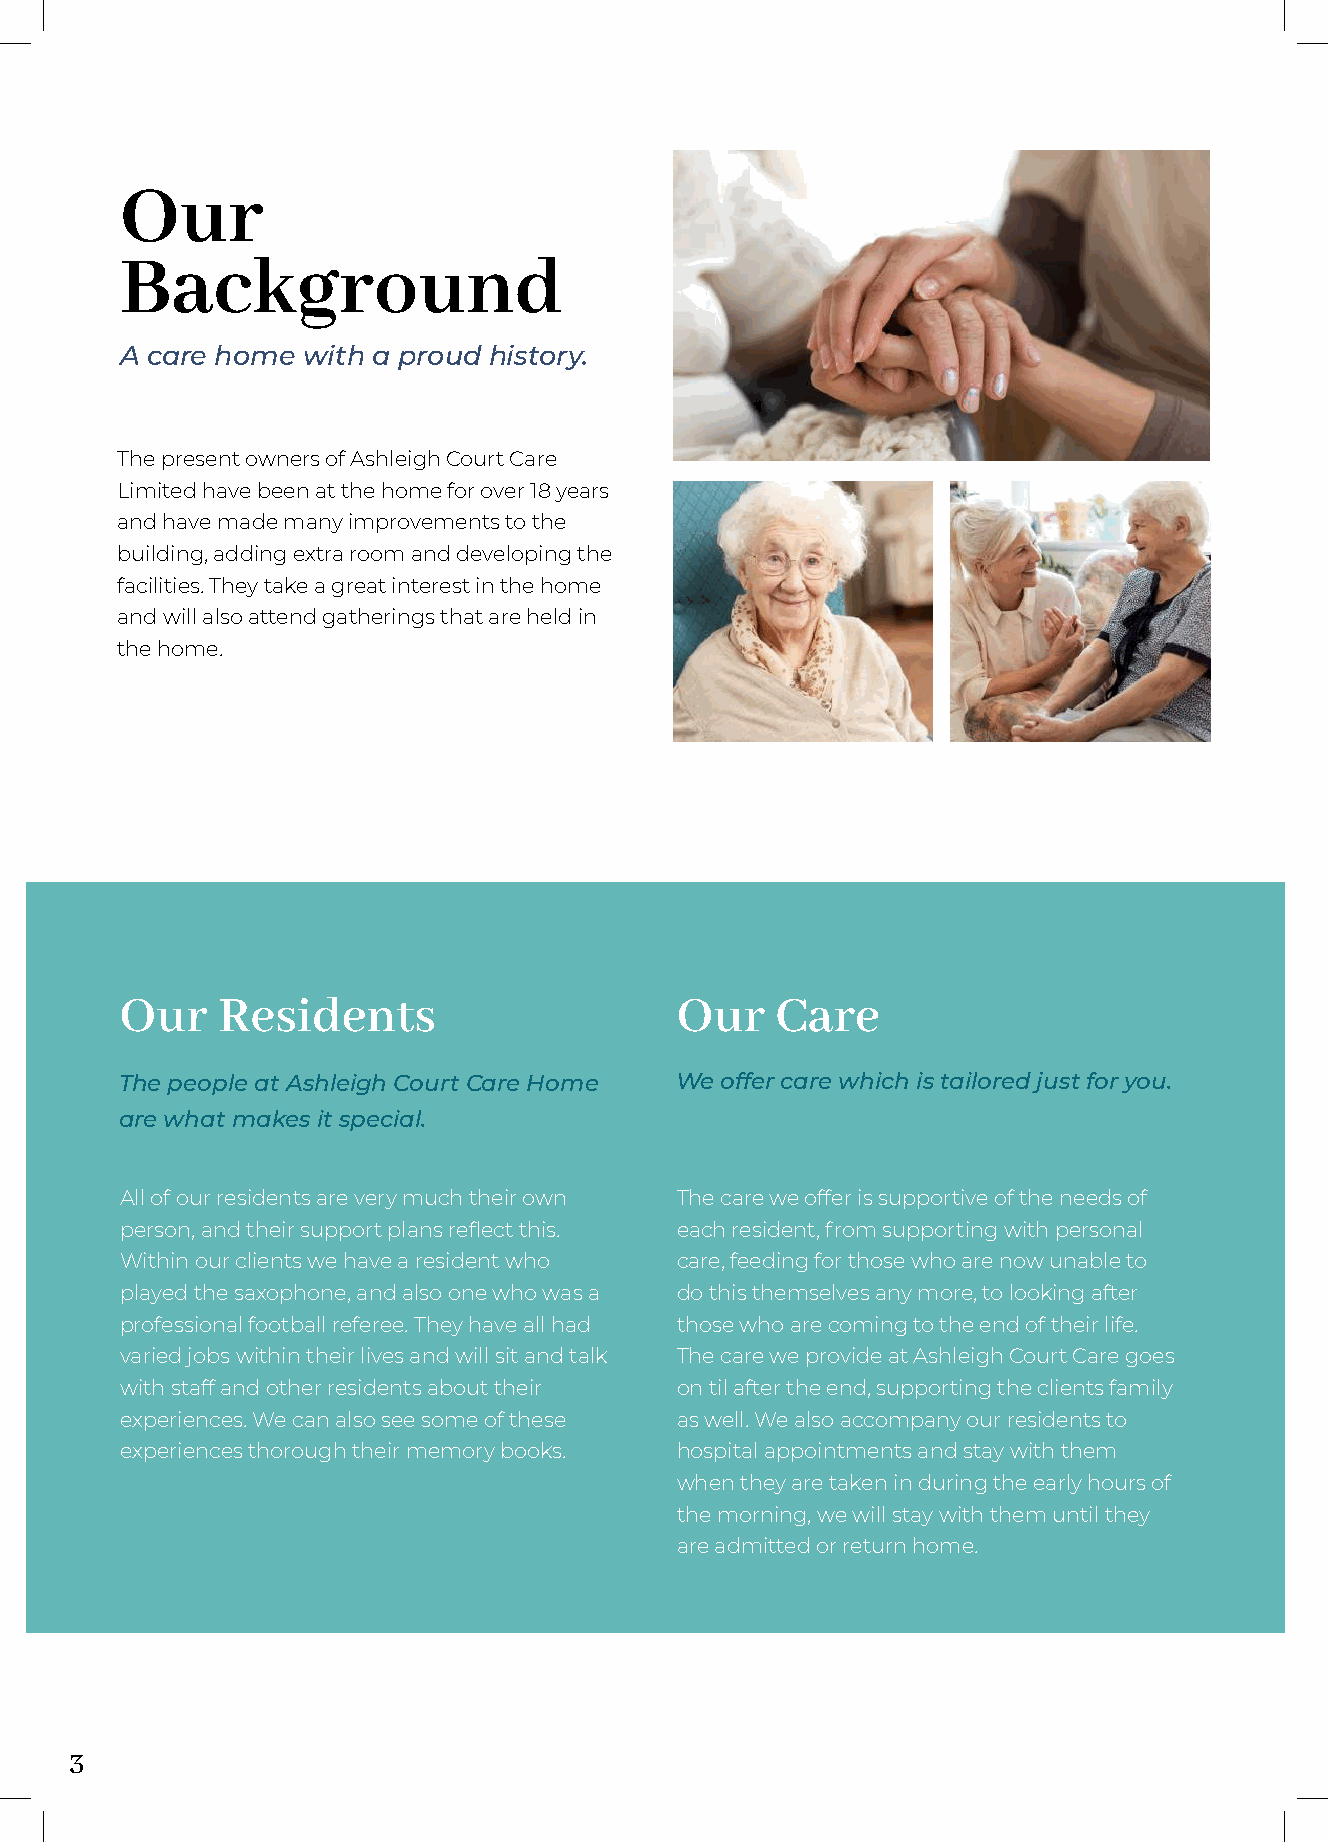
Our
 Background
 A care home with a proud history.
 The present owners of Ashleigh Court Care
 Limited have been at the home for over 18 years
 and have made many improvements to the
 building, adding extra room and developing the
 facilities. They take a great interest in the home
 and will also attend gatherings that are held in
 the home.
 Our   Residents                      Our   Care
 The people at Ashleigh Court Care Home We offer care which is tailored just for you.
 are what makes it special.
 All of our residents are very much their own The care we offer is supportive of the needs of
 person, and their support plans reflect this. each resident, from supporting with personal
 Within our clients we have a resident who care, feeding for those who are now unable to
 played the saxophone, and also one who was a do this themselves any more, to looking after
 professional football referee. They have all had those who are coming to the end of their life.
 varied jobs within their lives and will sit and talk The care we provide at Ashleigh Court Care goes
 with staff and other residents about their on til after the end, supporting the clients family
 experiences. We can also see some of these as well. We also accompany our residents to
 experiences thorough their memory books. hospital appointments and stay with them
 when they are taken in during the early hours of
 the morning, we will stay with them until they
 are admitted or return home.
 3